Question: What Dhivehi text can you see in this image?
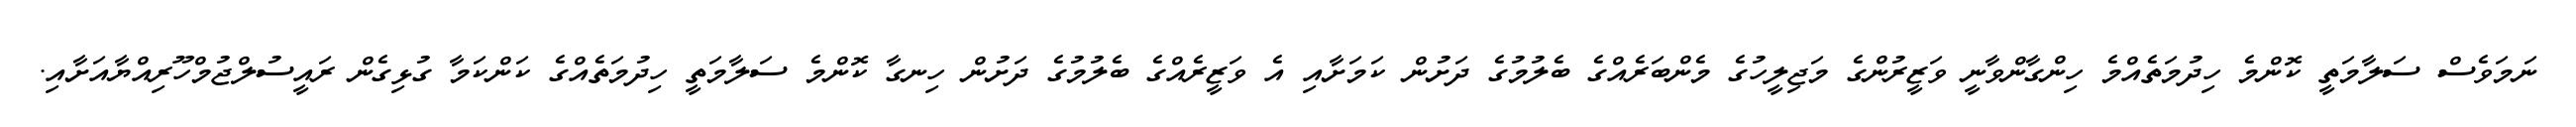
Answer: ނަމަވެސް ސަލާމަތީ ކޮންމެ ހިދުމަތެއްމެ ހިންގާންވާނީ ވަޒީރުންގެ މަޖިލީހުގެ މެންބަރެއްގެ ބެލުމުގެ ދަށުން ކަމަށާއި އެ ވަޒީރެއްގެ ބެލުމުގެ ދަށުން ހިނގާ ކޮންމެ ސަލާމަތީ ހިދުމަތެއްގެ ކަންކަމާ ގުޅިގެން ރައީސުލްޖުމްހޫރިއްޔާއަށާއި.